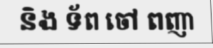
និង ទ័ព ចៅ ពញា